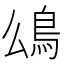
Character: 𩾮